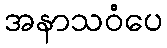
အနာသဝံပေ